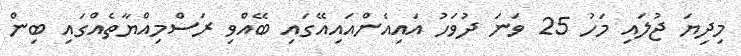
މިދިޔަ ޖުލައި މަހު 25 ވަނަ ދުވަހު އައިއެންއައިއޭގައި ބޭއްވި ރަސްމިއްޔާތެއްގައި ބިން